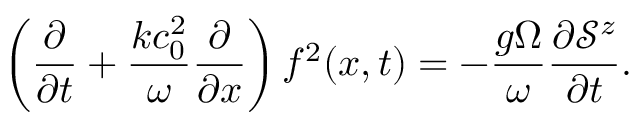
\left( \frac { \partial } { \partial t } + \frac { k c _ { 0 } ^ { 2 } } { \omega } \frac { \partial } { \partial x } \right) f ^ { 2 } ( x , t ) = - \frac { g \Omega } { \omega } \frac { \partial \mathcal { S } ^ { z } } { \partial t } .